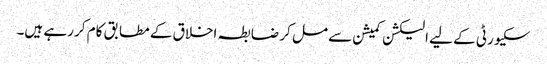
سکیورٹی کے لیے الیکشن کمیشن سے مل کر ضابطہ اخلاق کے مطابق کام کر رہے ہیں۔